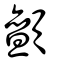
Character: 顫